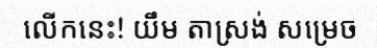
លើកនេះ! យឹម តាស្រង់ សម្រេច